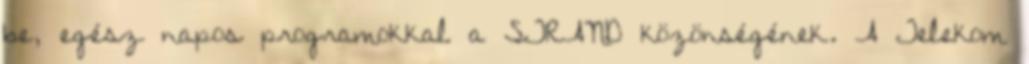
be, egész napos programokkal a STRAND közönségének. A Telekom